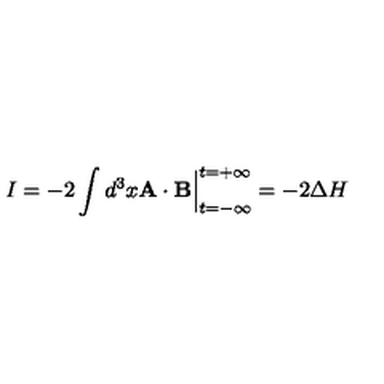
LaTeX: I = - 2 \int d ^ { 3 } x { \bf A } \cdot { \bf B } \Big | _ { t = - \infty } ^ { t = + \infty } = - 2 \Delta H